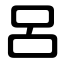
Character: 呂